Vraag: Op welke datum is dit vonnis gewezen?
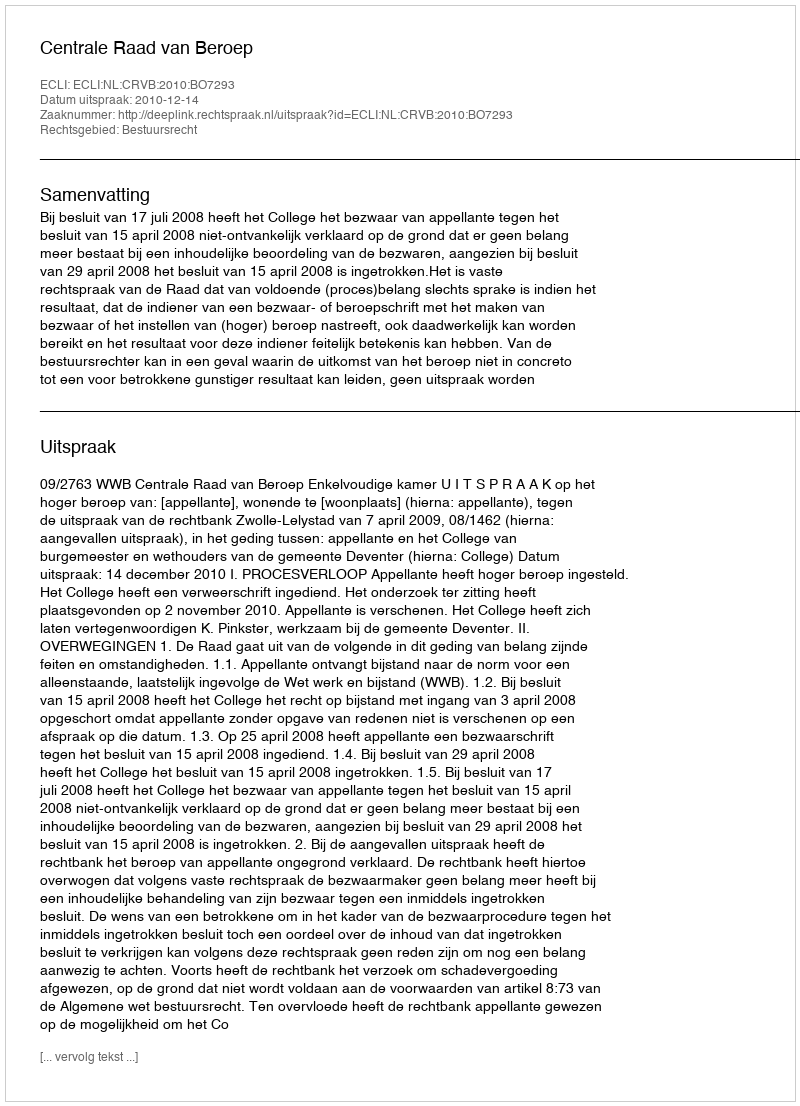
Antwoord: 2010-12-14